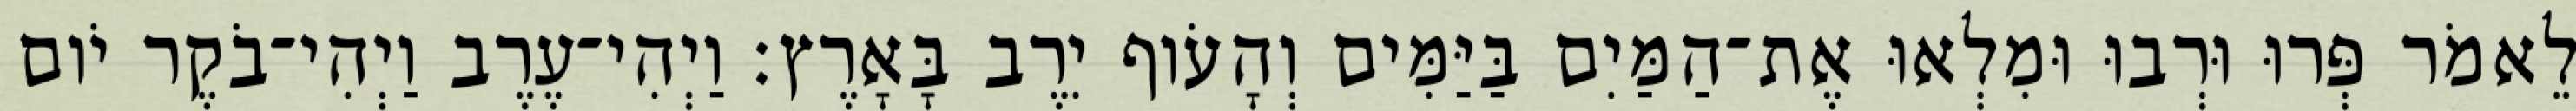
לֵאמֹר פְּרוּ וּרְבוּ וּמִלְאוּ אֶת־הַמַּיִם בַּיַּמִּים וְהָעֹוף יִרֶב בָּאָרֶץ׃ וַיְהִי־עֶרֶב וַיְהִי־בֹקֶר יֹום